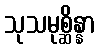
သုသမုစ္ဆိန္နာ